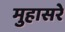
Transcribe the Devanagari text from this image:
मुहासरे